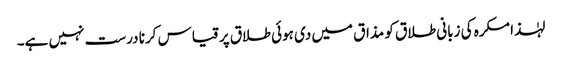
لہٰذا مکرہ کی زبانی طلاق کو مذاق میں دی ہوئی طلاق پر قیاس کرنا درست نہیں ہے۔